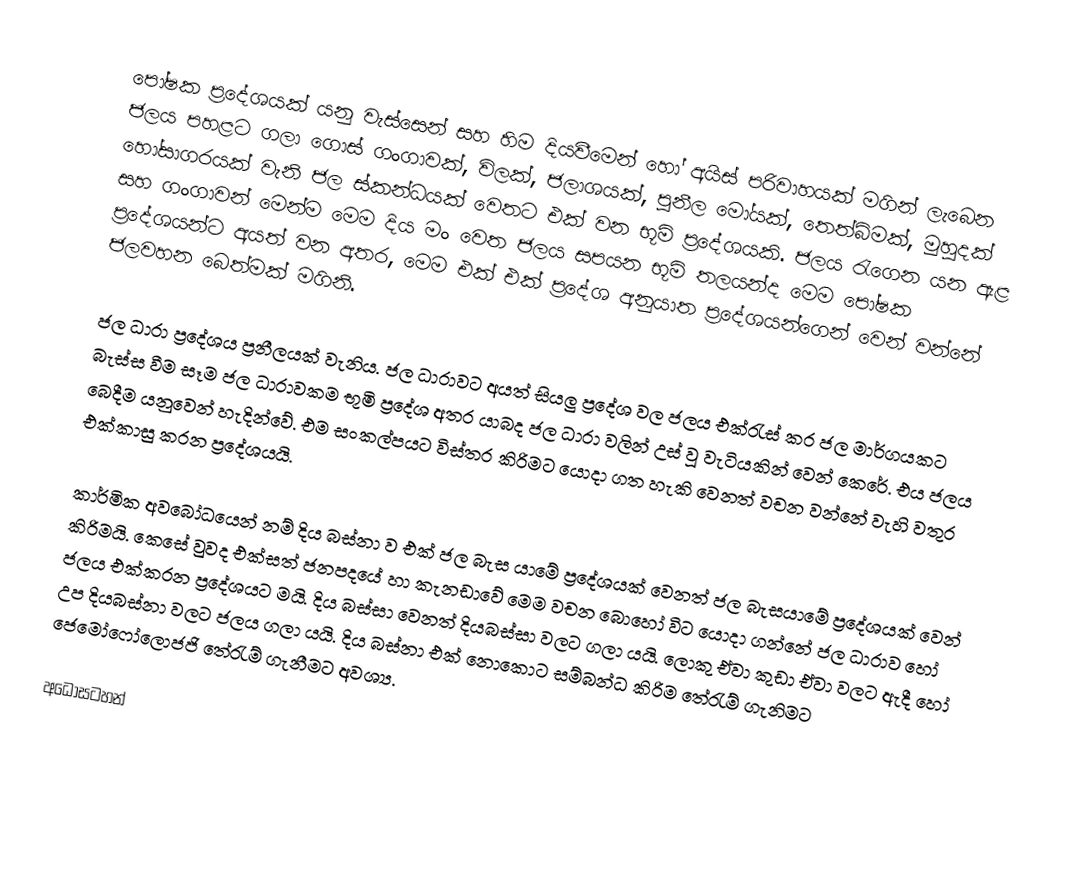
පෝෂක ප්‍රදේශයක් යනු වැස්සෙන් සහ හිම දියවීමෙන් හෝ අයිස් පරිවාහයක් මගින් ලැබෙන ජලය පහළට ගලා ගොස් ගංගාවක්, විලක්, ජලාශයක්, පුනීල මෝයක්, තෙත්බිමක්, මුහුදක් හෝසාගරයක් වැනි ජල ස්කන්ධයක් වෙතට එක් වන භූමි ප්‍රදේශයකි. ජලය රැගෙන යන ඇළ සහ ගංගාවන් මෙන්ම මෙම දිය මං වෙත ජලය සපයන භූමි තලයන්ද මෙම පෝෂක ප්‍රදේශයන්ට අයත් වන අතර, මෙම එක් එක් ප්‍රදේශ අනුයාත ප්‍රදේශයන්ගෙන් වෙන් වන්නේ ජලවහන බෙත්මක් මගිනි.

ජල ධාරා ප්‍රදේශය ප්‍රනීලයක් වැනිය. ජල ධාරාවට අයත් සියලු ප්‍රදේශ වල ජලය එක්රැස් කර ජල මාර්ගයකට බැස්ස වීම සෑම ජල ධාරාවකම භූමි ප්‍රදේශ අතර යාබද ජල ධාරා වලින් උස් වූ  වැටියකින් වෙන් කෙරේ. එය ජලය ‍‍බෙදීම යනුවෙන් හැදින්වේ. එම සංකල්පයට විස්තර ‍කිරිමට යොදා ගත හැකි වෙනත් වචන වන්නේ වැහි වතුර එක්කාසු කරන ප්‍රදේශයයි.

කාර්මික අවබෝධයෙන් නම් දිය බස්නා ව එක් ජල බැස යාමේ ප්‍රදේශයක් වෙනත් ජල බැසයාමේ ප්‍රදේශයක් වෙන් කිරිමයි. කෙසේ වුවද එක්සත් ජනපදයේ හා කැනඩාවේ මෙම වචන බොහෝ විට යොදා ගන්නේ ජල ධාරාව හෝ ජලය එක්කරන ප්‍රදේශයට මයි. දිය බස්සා වෙනත් දියබස්සා වලට ගලා යයි. ලොකු ඒවා කුඩා ඒවා වලට ඇදී හෝ උප දියබස්නා වලට ජලය ගලා යයි. දිය බස්නා එක් නොකොට සම්බන්ධ කිරිම තේරැම් ගැනිමට ජෙමෝෆෝලොජජි තේරැම් ගැනීමට අවශ්‍ය.

අධෝසටහන්